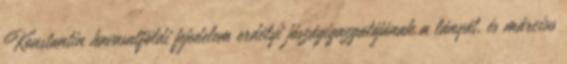
Konstantin havasalföldi fejedelem erdélyi jószágigazgatójának a lányát, és március